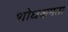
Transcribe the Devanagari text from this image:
शोधक्षमता